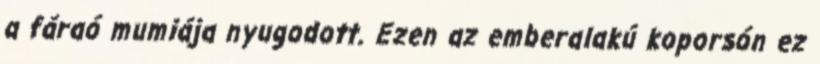
a fáraó mumiája nyugodott. Ezen az emberalakú koporsón ez